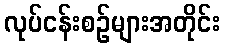
လုပ်ငန်းစဉ်များအတိုင်း